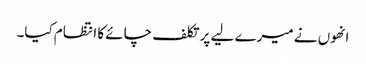
انھوں نے میرے لیے پر تکلف چائے کا انتظام کیا۔